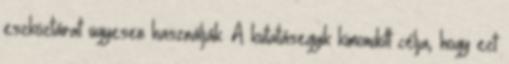
eszköztárat ügyesen használják. A kutatásegyik kimondott célja, hogy ezt